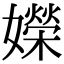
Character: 嬫